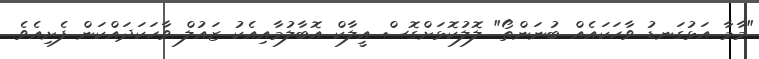
"މާމާ އަޅުގަނޑު ވާހަކައެއް ބުނަންތޯ" ލޮލުކޮޅަށްގޮސް އީލާކް އޮބާލުމާއިއެކު ޒައުލް ވާހަކަދައްކަން ފެށިއެވެ.